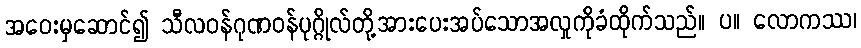
အဝေးမှဆောင်၍ သီလဝန်ဂုဏဝန်ပုဂ္ဂိုလ်တို့အားပေးအပ်သောအလှုကိုခံထိုက်သည်။ ပ။ လောကဿ၊